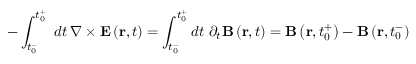
- \int _ { t _ { 0 } ^ { - } } ^ { t _ { 0 } ^ { + } } \, \, d t \, \nabla \times \mathbf { E } \left( \mathbf { r } , t \right) = \int _ { t _ { 0 } ^ { - } } ^ { t _ { 0 } ^ { + } } d t \, \, \partial _ { t } \mathbf { B } \left( \mathbf { r } , t \right) = \mathbf { B } \left( \mathbf { r } , t _ { 0 } ^ { + } \right) - \mathbf { B } \left( \mathbf { r } , t _ { 0 } ^ { - } \right)